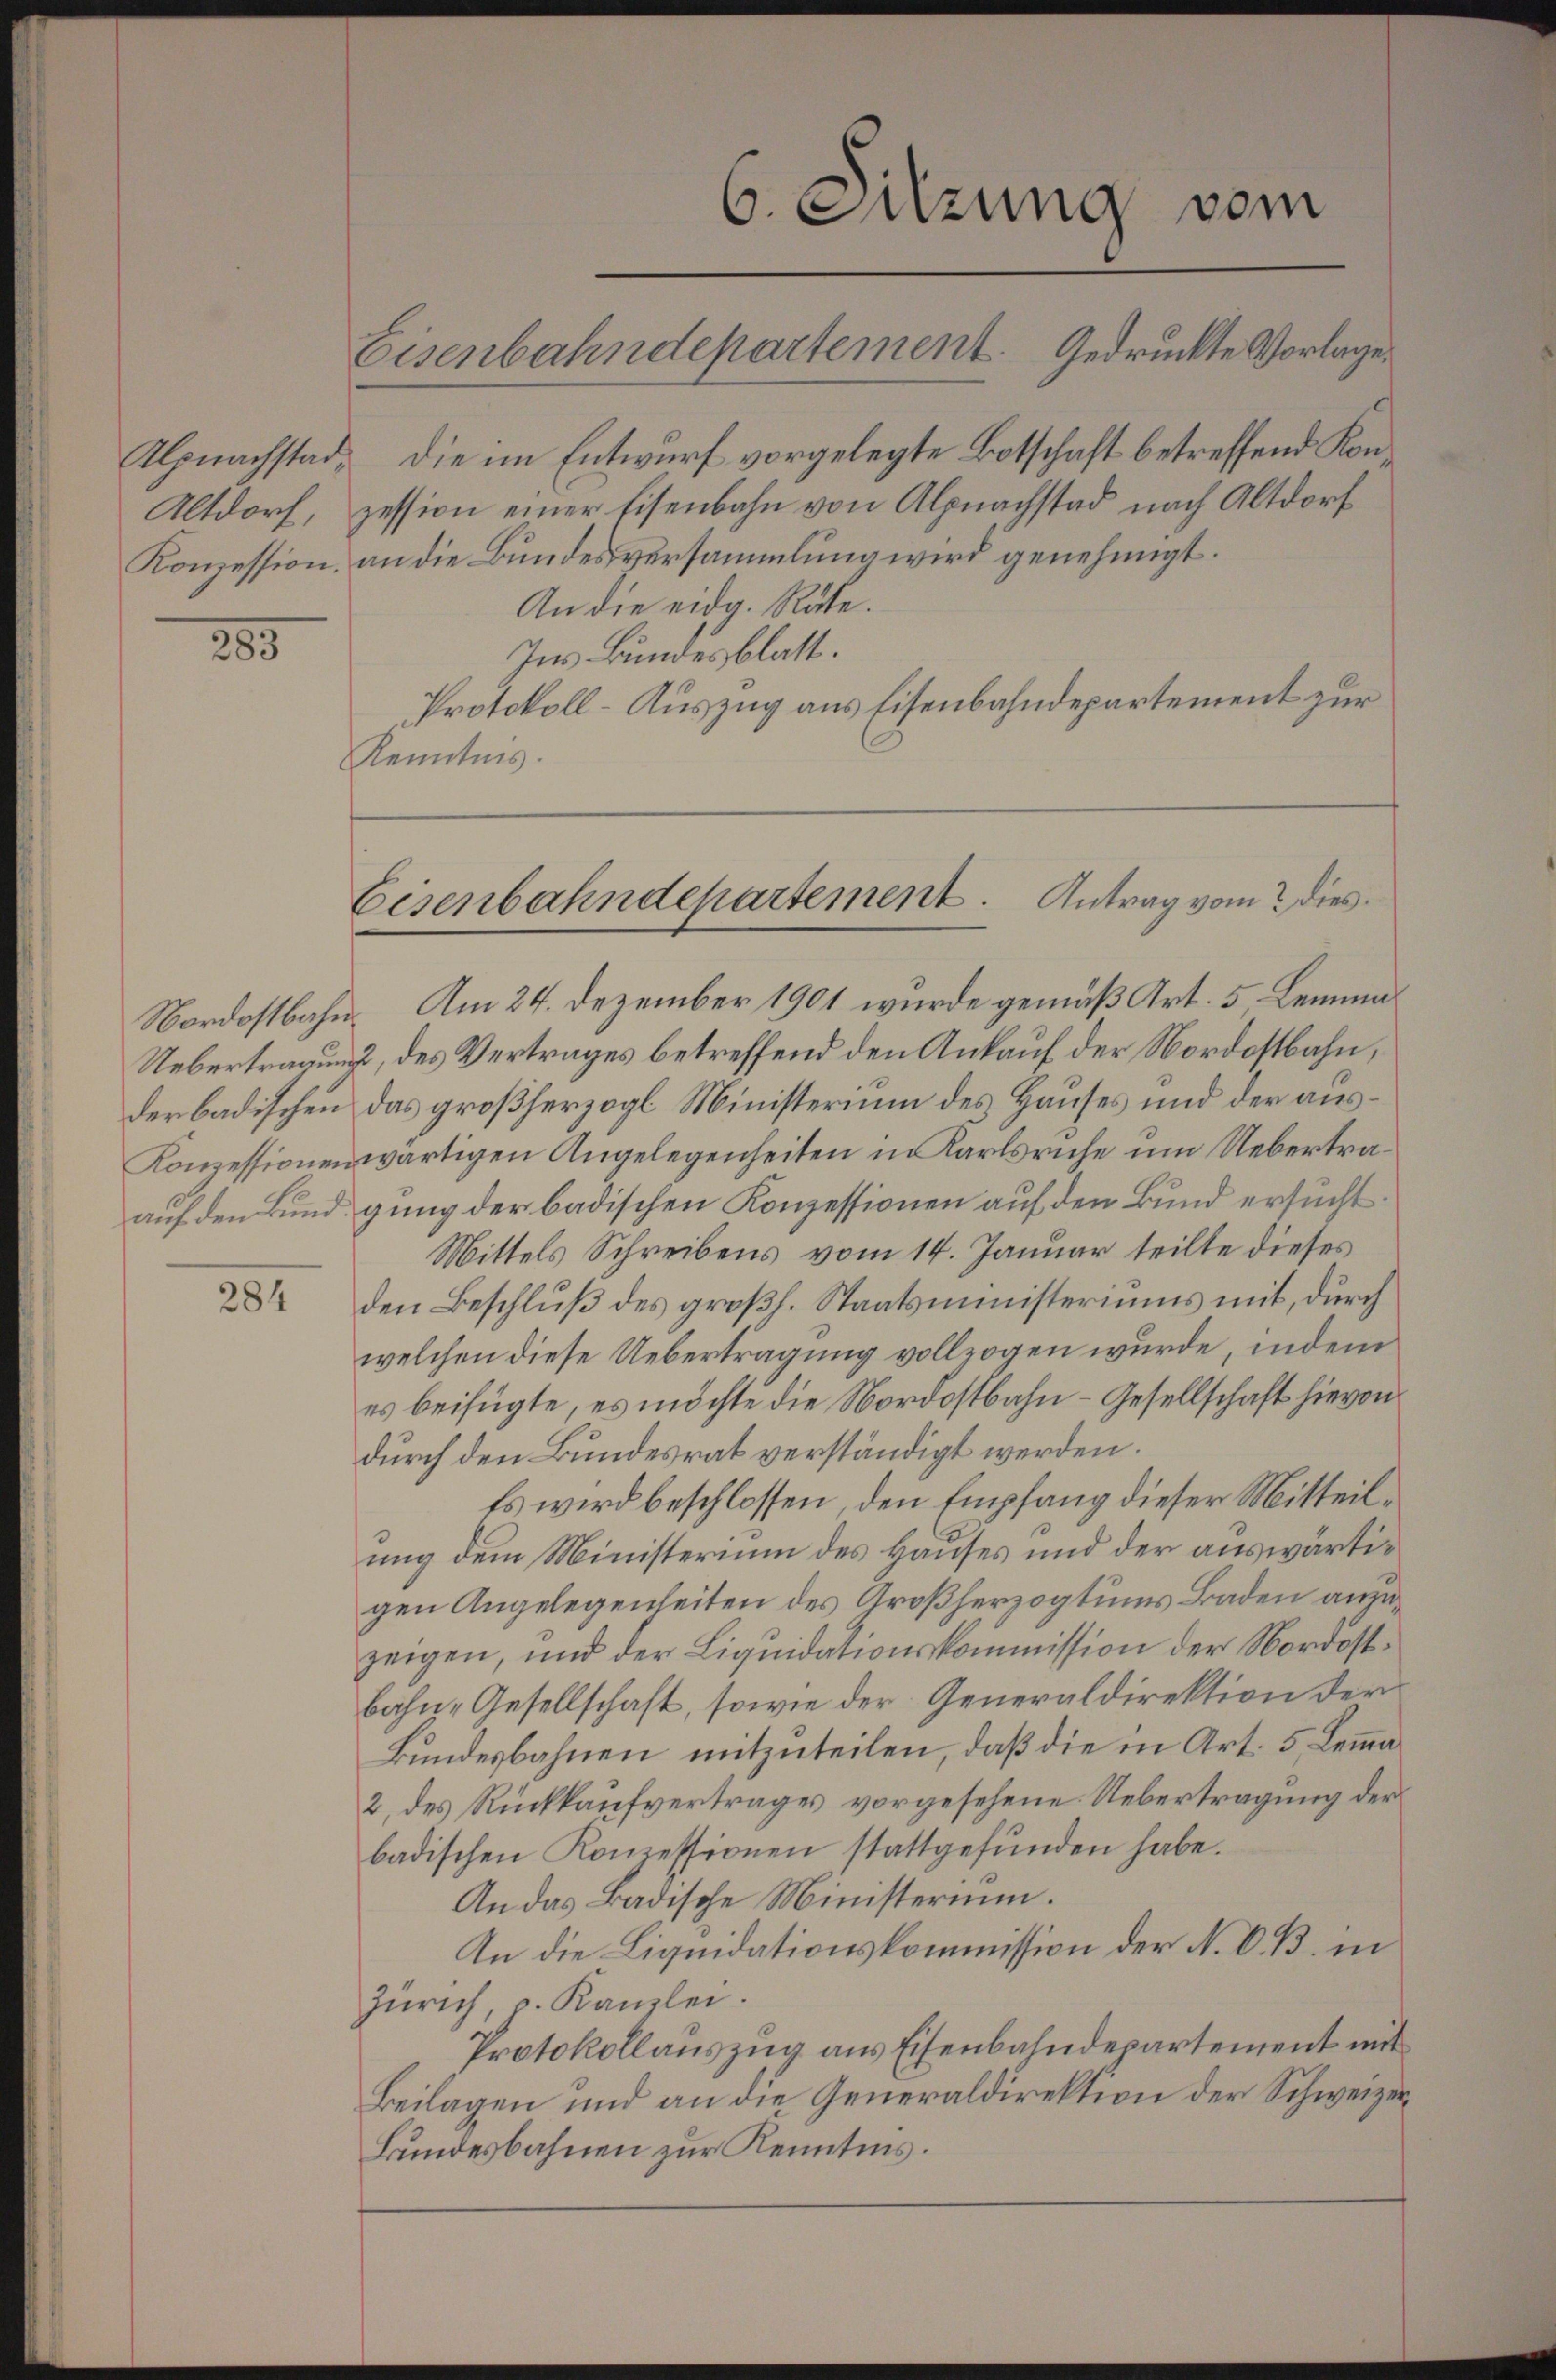
Altdorf,
Konzession.

285

284

Alpnachstad, die im Entwurf vorgelegte Botschaft betreffend Konzession einer Eisenbahn von Alpnachstad nach Altdorf
an die Bundesversammlung wird genehmigt.
An die eidg. Räte.
Ins Bundesblatt.
Protokoll-Auszug aus Eisenbahndepartement zur
Kenntnis.

Nordostbahn. Am 24. Dezember 1901 wurde gemäß Art. 5 Lemma¬
Uebertragung, des Vertrages betreffend den Ankauf der Nordostbahn,
derbadischen das großherzogl. Ministerium des Hauses und der aus¬
Konzessionenwärtigen Angelegenheiten in Karlsruhe um Uebertraauf den Bund gung der badischen Konzessionen auf den Bund ersucht.
Mittels Schreibens vom 14. Januar teilte dieses
den Beschluß des großh. Staatsministeriums mit, durch
welchen diese Uebertragung vollzogen wurde, indem
es beifügte, es möchte die Nordostbahn- Gesellschaft hievon
durch den Bundesrat verständigt werden.
Es wird beschlossen, den Empfang dieser Mitteilung dem Ministerium des Hauses und der auswärtigen Angelegenheiten des Großherzogtums Baden anzuzeigen, und der Liquidationskommission der Nordostbahn- Gesellschaft, sowie der Generaldirektion der
Bundesbahnen mitzuteilen, daß die in Art. 5 Lemma¬
2, des Rückkaufvertrages vorgesehene Uebertragung der
badischen Konzessionen stattgefŭnden habe.
An das Badische Ministerium.
An die Liquidationskommission der N. O. B. in
Zürich, d. Kanzlei.
Protokollauszug aus Eisenbahndepartement mit
Beilagen und an die Generaldirektion der Schweizer¬
Bundesbahnen zur Kenntnis.

Eisenbahndepartement. Gedruckte Vorlage.

6. Sitzung vom

Eisenbahndepartement. Antrag vom dies¬